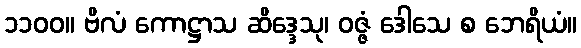
၁၁၀၀။ ဗိလံ ကောဋ္ဌာသ ဆိဒ္ဒေသု၊ ဝဇ္ဇံ ဒေါသေ စ ဘေရိယံ။